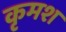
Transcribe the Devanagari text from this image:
कृमश